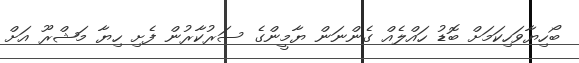
ބޯހިޔާވަހިކަމަށް ބޮޑު ހައްލެއް ގެންނަން ޔާމީންގެ ސަރުކާރުން ފެށި ހިޔާ މަޝްރޫ އަށް